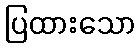
ပြထားသော